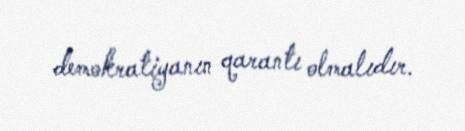
demokratiyanın qarantı olmalıdır.